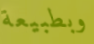
وبطبيعة